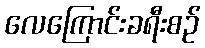
လေကြောင်းခရီးစဉ်